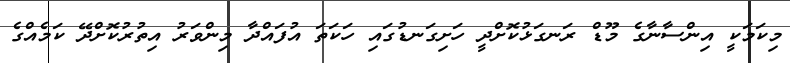
މިކަމަކީ އިންސާނާގެ މޫޑް ރަނގަޅުކޮށްދީ ހަށިގަނޑުގައި ހަކަތަ އުފައްދާ މިންވަރު އިތުރުކޮށްދޭ ކަމެއްގެ